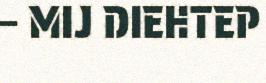
– MIJ DIEHTEP